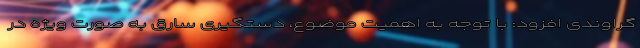
گراوندی افزود: با توجه به اهمیت موضوع، دستگیری سارق به صورت ویژه در